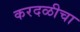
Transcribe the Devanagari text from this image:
करदळीचा